system: You are a helpful assistant.
user:
Analyze the provided spectrum to determine if it is a **White Dwarf (WD)**.

A White Dwarf spectrum is defined by its **extreme purity** (due to gravitational settling) and/or **extreme pressure broadening** (due to high surface gravity). You must check for one of the following mutually exclusive signatures:

- **Key Visual Indicators (Check for ONE of these types):**

    - **1. DA-Type Signature (Most Common):**
        - **(Primary Feature):** Extreme pressure broadening (Stark broadening) of the **Hydrogen (H) Balmer lines**.
        - **(Key Lines):** $H\beta$ (approx. $4861$ Å) and $H\gamma$ (approx. $4340$ Å). $H\alpha$ (approx. $6563$ Å) will also be present if the wavelength range covers it.
        - **(Line Profile):** This is the **defining feature**. The lines are **NOT** sharp. They appear as massive, **extremely broad and deep "troughs" or "dips"** in the spectrum, often hundreds of Ångströms wide. The continuum will appear to "scoop" down at these wavelengths.
        - **(Distinction):** Normal A-type or B-type stars have *narrow* and *sharp* Hydrogen lines. A DA White Dwarf's lines are unmistakably "smeared" or "blurry" from pressure.

    - **2. DB-Type Signature:**
        - **(Primary Feature):** Broad absorption lines from **Neutral Helium (He I)**. The spectrum must lack any visible Hydrogen lines.
        - **(Key Lines):** Look for broad absorption near $4471$ Å, $4921$ Å, and $5876$ Å.
        - **(Line Profile):** These lines are also significantly pressure-broadened, appearing much wider than they would in a normal B-type main-sequence star.

    - **3. DC-Type Signature:**
        - **(Primary Feature):** A **featureless continuous spectrum**.
        - **(Line Profile):** The spectrum is a smooth curve with **no significant absorption or emission lines**.
        - **(Key Confirmation):** The continuum is almost always **blue or white**, indicating a hot object. This signature implies the atmosphere is so pure (or so cool) that no spectral lines are visible in the optical range. Its WD identity is confirmed by its extremely low intrinsic brightness (high absolute magnitude).

    - **4. DZ-Type Signature (Metal-Polluted):**
        - **(Primary Feature):** **Isolated, narrow metal absorption lines** on an otherwise featureless (DC-like) continuum.
        - **(Key Lines):** The **Calcium (Ca II) H & K doublet** (approx. **$3934$ Å** and **$3968$ Å**) is the most common and defining feature.
        - **(Line Profile):** These lines are "out of place." They are *not* part of a "forest" of thousands of lines. This signature is evidence of recent *accretion* (pollution) from rocky debris.
        - **(Distinction):** Normal G/K/M stars have a *dense forest* of thousands of metal lines. A DZ has a *clean* continuum with *only a few* strong metal lines.

    - **5. DQ-Type Signature (Carbon-Polluted):**
        - **(Primary Feature):** Absorption bands from **Carbon (C₂ "Swan Bands" or atomic C I)**.
        - **(Key Lines - C₂):** Look for bandheads with a "saw-tooth" shape near $5635$ Å, **$5165$ Å** (strongest), and $4737$ Å.
        - **(Key Confirmation):** The underlying **continuum must be blue or white** (hot).
        - **(Distinction):** This is the critical difference from a **Carbon Star**, which has the *exact same* C₂ bands but on an extremely **red, cool** continuum.

- **(Overall Spectrum):**
    - The continuum (overall shape) is typically **blue-sloping** (brighter in the blue than the red), as most white dwarfs are very hot.
    - The spectrum will look "pure" or "simple," dominated by only *one* of the five signatures listed above.

Think first, call **spectral_visualization_tool** if needed to examine features in detail, then provide your final answer. Your response must adhere to the following strict rules:
1.  **Overall Structure:** Your response must follow the format `<think>...</think> <tool_call>...</tool_call> (if a tool is used) <answer>...</answer>`.
2.  **Tool Usage Constraint:** You may only make **one** tool call per turn.
3.  **Final Answer Format:** In the `<answer>` tag, your conclusion must be inside a `\boxed{}` command (e.g., `\boxed{YES}` or `\boxed{NO}`), followed by your justification.

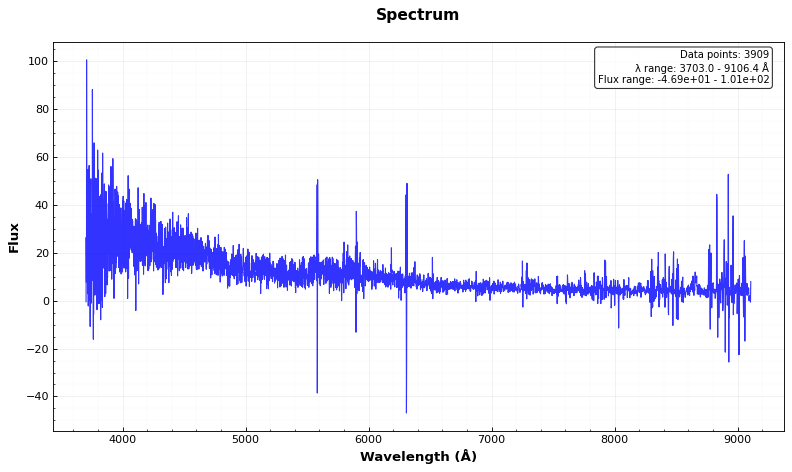
Answer: YES